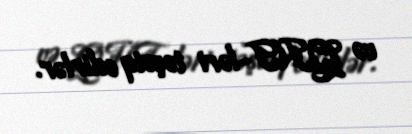
və QHT-ləri təşviq edirlər.